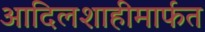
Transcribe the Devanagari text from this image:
आदिलशाहीमार्फत